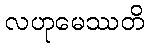
လဟုမေဿတိ